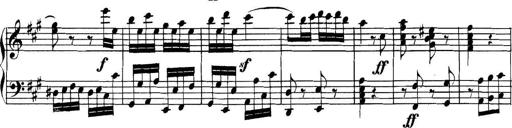
Title: Collected Piano Sonatas
Composer: Muzio Clementi